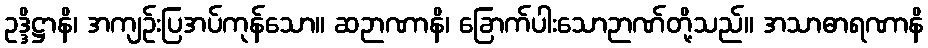
ဥဒ္ဒိဋ္ဌာနိ၊ အကျဉ်းပြအပ်ကုန်သော။ ဆဉာဏာနိ၊ ခြောက်ပါးသောဉာဏ်တို့သည်။ အသာဓာရဏာနိ